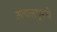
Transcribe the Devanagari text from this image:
अचलपूरचे